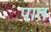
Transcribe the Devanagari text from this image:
पातं